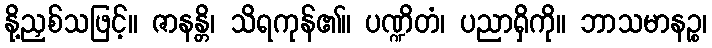
နို့ညှစ်သဖြင့်။ ဇာနန္တိ၊ သိရကုန်၏။ ပဏ္ဍိတံ၊ ပညာရှိကို။ ဘာသမာနဉ္စ၊